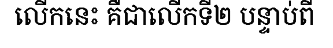
លើកនេះ គឺជាលើកទី២ បន្ទាប់ពី